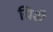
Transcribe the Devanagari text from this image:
यिशै